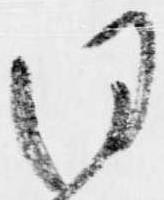
同